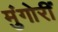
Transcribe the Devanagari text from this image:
मुंगोरीं